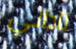
ناداني